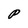
Character: P